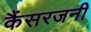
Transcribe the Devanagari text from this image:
कैंसरजनी